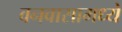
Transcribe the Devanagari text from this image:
वनवासामध्ये